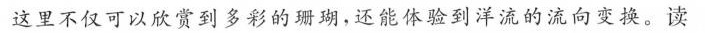
这里不仅可以欣赏到多彩的珊瑚，还能体验到洋流的流向变换。读